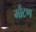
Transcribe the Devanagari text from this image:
मौंटण